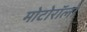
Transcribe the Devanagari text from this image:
मोटोरॉला